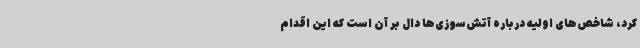
کرد، شاخص‌های اولیه درباره آتش‌سوزی‌ها دال بر آن است که این اقدام